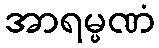
အာရမ္မဏံ